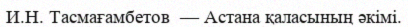
И.Н. Тасмағамбетов  — Астана қаласының әкімі.